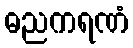
ဓညကရဏံ